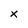
Character: X